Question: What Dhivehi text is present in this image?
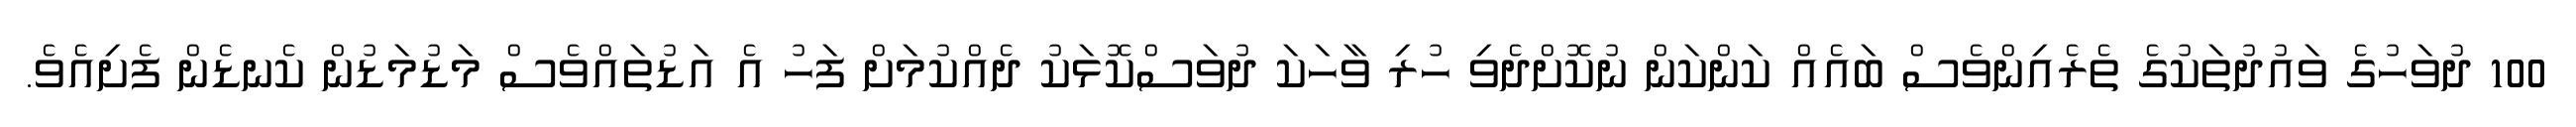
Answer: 100 ދުވަހުގެ ވައުދުތަކުގެ ތެރެއިންވެސް ބައެއް ކަންކަން ނުކޮށްދެވި ހުރި ވާހަކަ ދުވަސްކޮޅަކު ދެއްކުމަށް ފަހު އެ އަޑުތައްވެސް މަޑުމަޑުން ކެނޑެން ފެށިއެވެ.